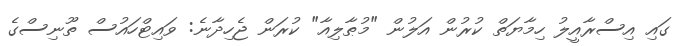
ގައި އިސްރާއީލު ހިމާޔަތް ކުރުން އަލުން "މުޠާލިއާ" ކުރަން ޖެހިދާނެ: ވައިޓްހައުސް ތޫނިސްގެ